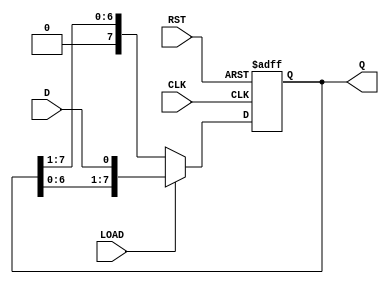
module ParameterizedShiftRegister #(parameter N = 8) (
    input wire D,            // Data input
    input wire CLK,          // Clock signal
    input wire RST,          // Asynchronous reset
    input wire LOAD,         // Load signal
    output reg [N-1:0] Q     // Data output
);

    // Always block triggered on the rising edge of the clock
    always @(posedge CLK or posedge RST) begin
        if (RST) begin
            // Asynchronous reset: clear the register
            Q <= {N{1'b0}};
        end else if (LOAD) begin
            // Load new data at LSB
            Q <= {Q[N-2:0], D}; // Shift right and load D at LSB
        end else begin
            // Shift right: discard the LSB
            Q <= {1'b0, Q[N-1:1]}; // Shift right and fill MSB with 0
        end
    end

endmodule